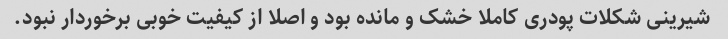
شیرینی شکلات پودری کاملا خشک و مانده بود و اصلا از کیفیت خوبی برخوردار نبود.